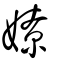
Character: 嫽